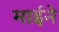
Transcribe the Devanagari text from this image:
माईने